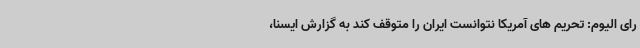
رای الیوم: تحریم های آمریکا نتوانست ایران را متوقف کند به گزارش ایسنا،